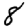
Digit: 8